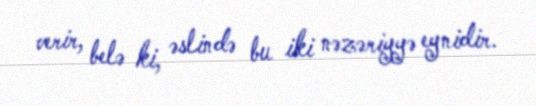
verir, belə ki, əslində bu iki nəzəriyyə eynidir.